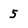
Character: 5